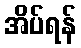
အိပ်ရန်